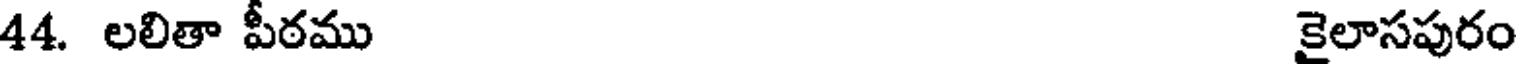
44. లలితా పీఠము కైలాసపురం